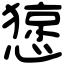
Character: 𢠃